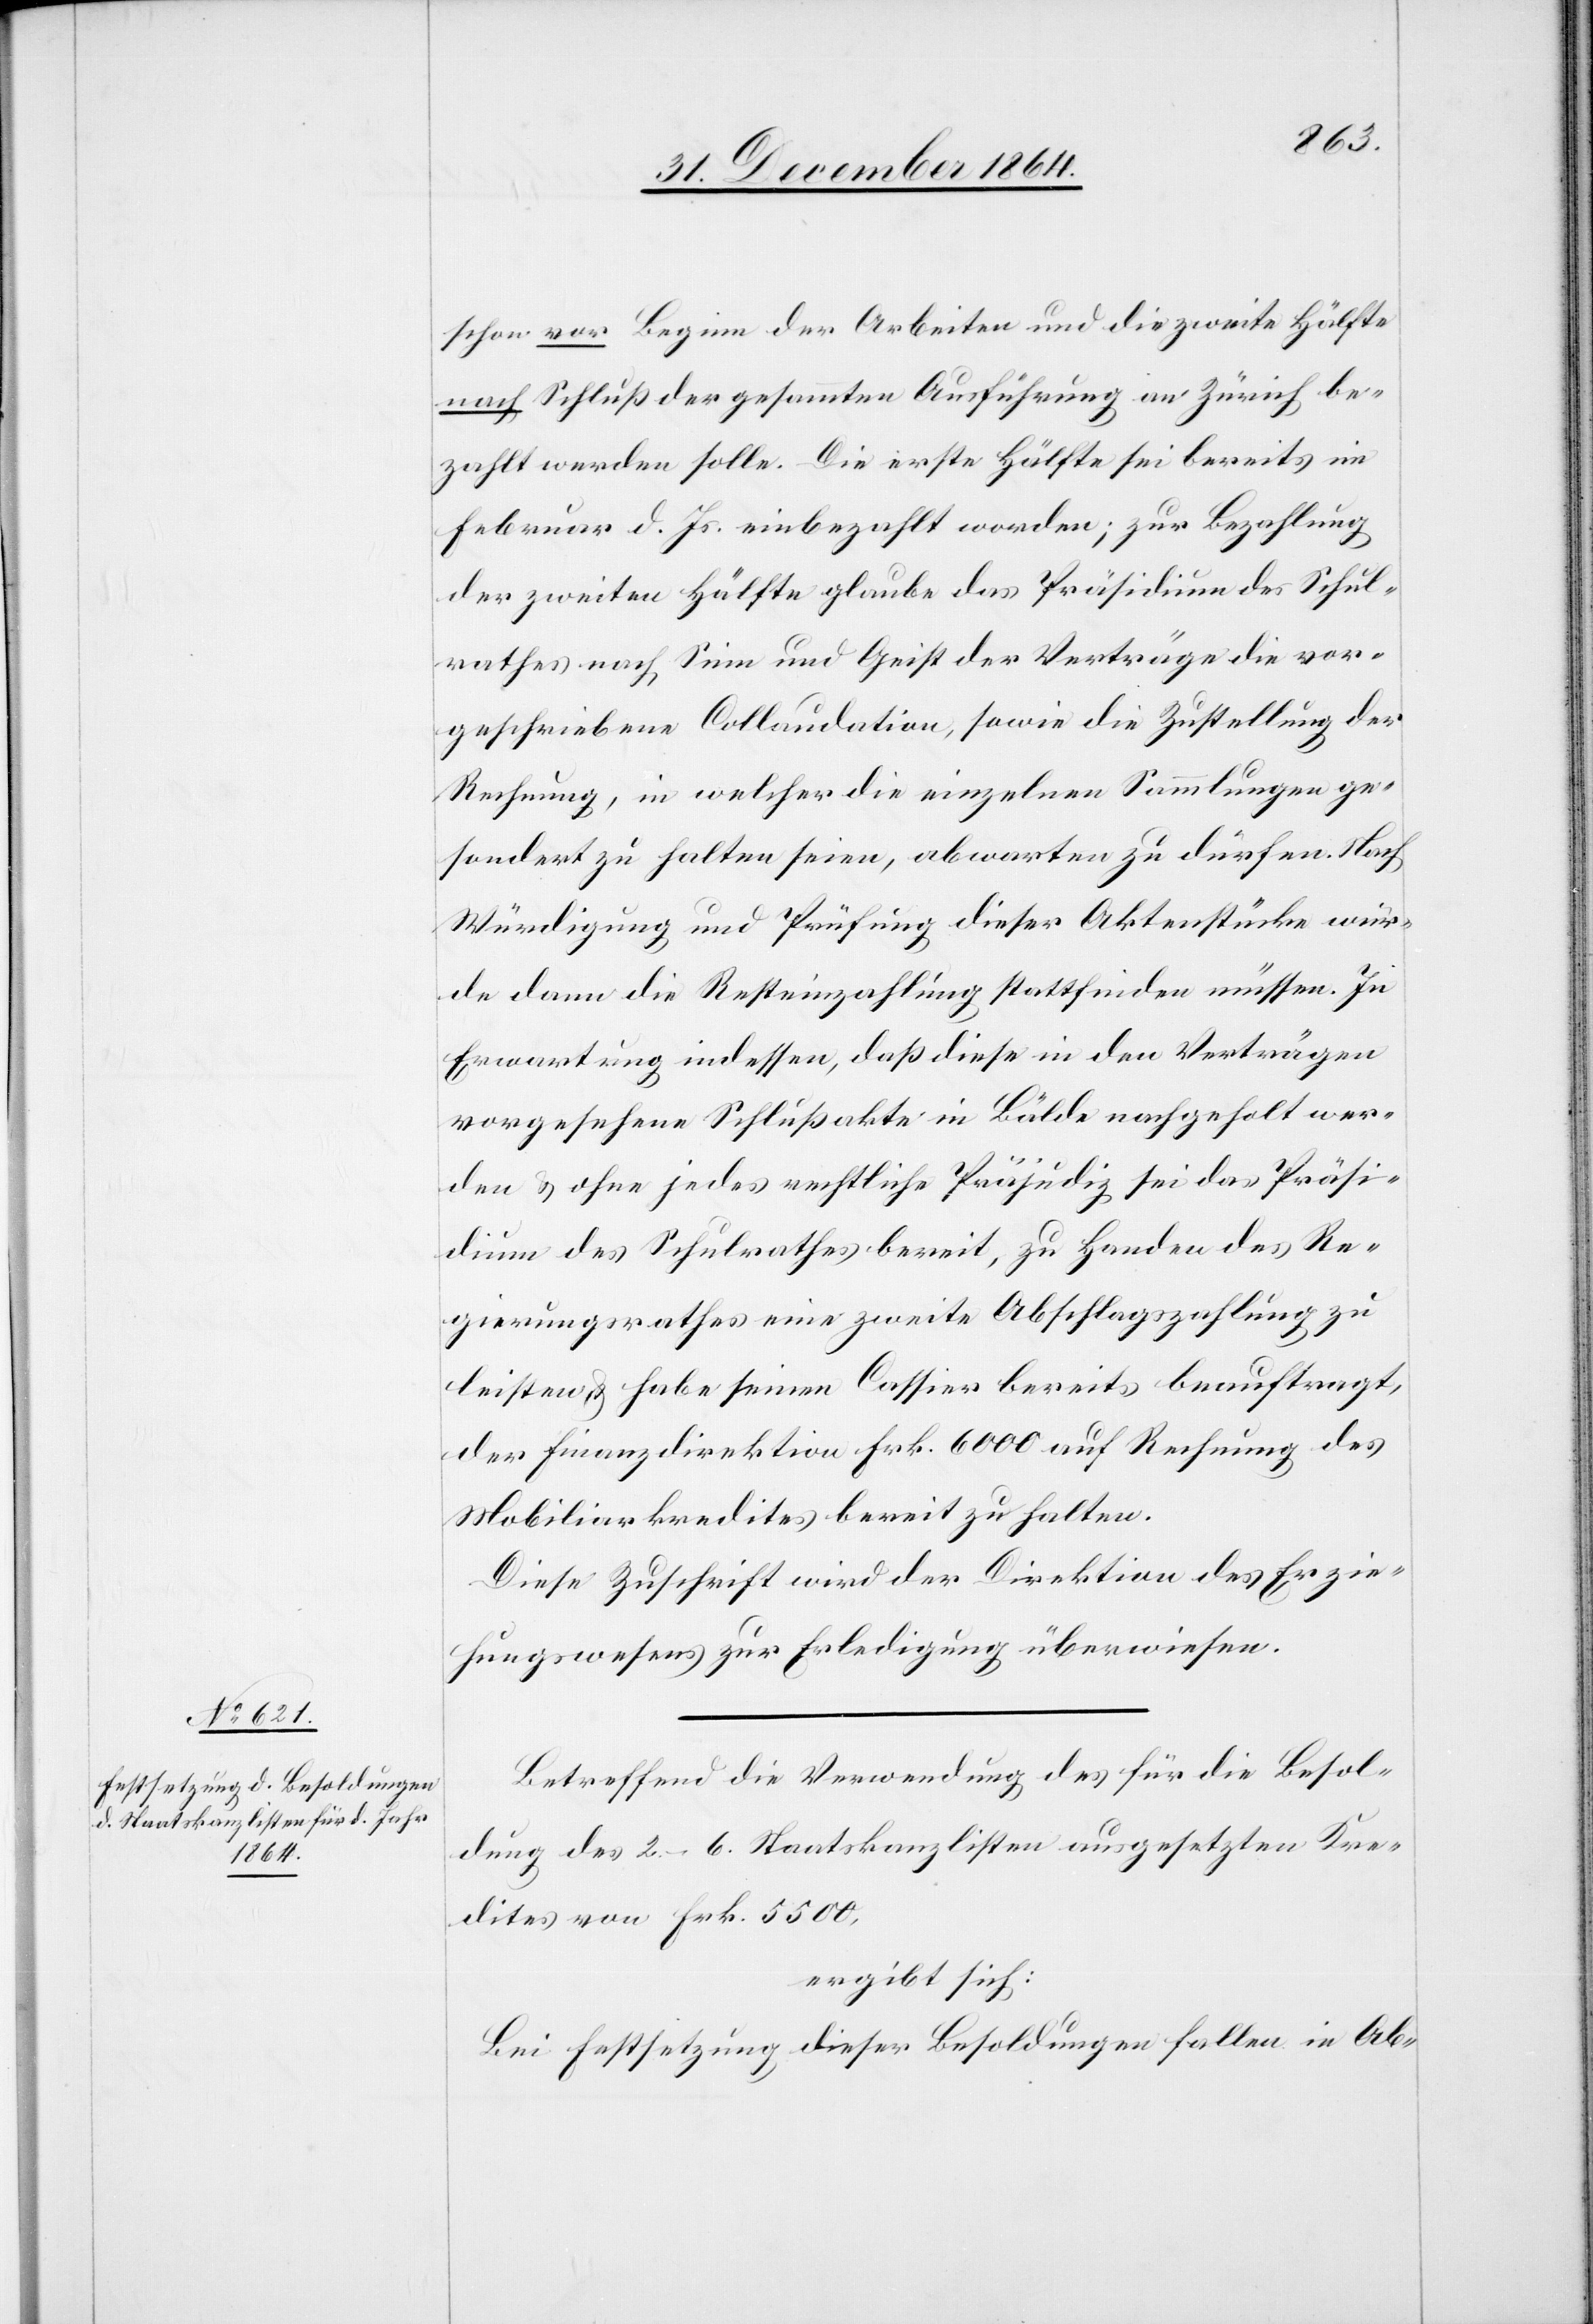
Betreffend die Verwendung des für die Besol¬
dung des 2.–6. Staatskanzlisten ausgesetzen Kre¬
dites von Frk. 5500,
ergibt sich:
Bei Festsetzung dieser Besoldungen fallen in Ab-